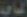
الناحية